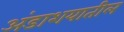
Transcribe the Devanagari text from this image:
अंडाशयातील